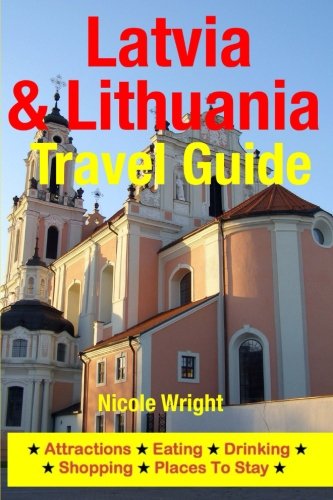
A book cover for Latvia & Lithuania Travel Guide: Attractions, Eating, Drinking, Shopping & Places To Stay; Nicole Wright; Travel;